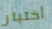
أختبار